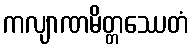
ကလျာဏမိတ္တဿေတံ